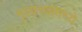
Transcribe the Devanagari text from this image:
मुलांच्यामध्ये